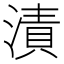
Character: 漬